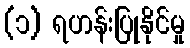
(၁) ရဟန်းပြုနိုင်မှု